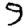
Digit: 9